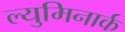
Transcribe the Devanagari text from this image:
ल्युमिनार्क